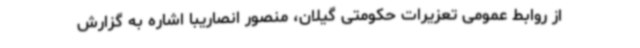
از روابط عمومی تعزیرات حکومتی گیلان، منصور انصاریبا اشاره به گزارش